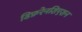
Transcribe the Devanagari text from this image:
डिफ़रेनशिएशन